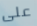
على